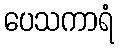
ပေသကာရံ